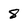
Character: 8